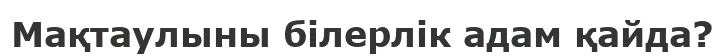
Мақтаулыны білерлік адам қайда?